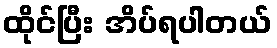
ထိုင်ပြီး အိပ်ရပါတယ်